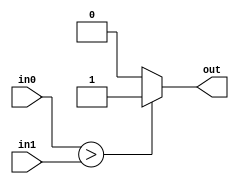
`timescale 1ns / 1ps
//////////////////////////////////////////////////////////////////////////////////
// Company: 
// Engineer: 
// 
// Design Name: 
// Module Name: comparator2
// Project Name: 
// Target Devices: 
// Tool Versions: 
// Description: 
// 
// Dependencies: 
// 
// Revision:
// Revision 0.01 - File Created
// Additional Comments:
// 
//////////////////////////////////////////////////////////////////////////////////


module comparator2(
    input [29:0] in0,
    input [29:0] in1,
    output out
    );
    assign out = (in0 > in1)? 1 : 0;
endmodule